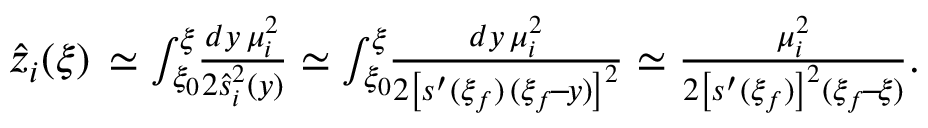
\begin{array} { r } { \hat { z } _ { i } ( \xi ) \, \simeq \int _ { \xi _ { 0 } } ^ { \xi } \! \! \frac { d y \, \mu _ { i } ^ { 2 } } { 2 \hat { s } _ { i } ^ { 2 } ( y ) } \simeq \int _ { \xi _ { 0 } } ^ { \xi } \! \! \frac { d y \, \mu _ { i } ^ { 2 } } { 2 \left[ s ^ { \prime } ( \xi _ { f } ) \, ( \xi _ { f } \! - \! y ) \right] ^ { 2 } } \simeq \frac { \mu _ { i } ^ { 2 } } { 2 \left[ s ^ { \prime } ( \xi _ { f } ) \right] ^ { 2 } ( \xi _ { f } \! - \! \xi ) } . } \end{array}